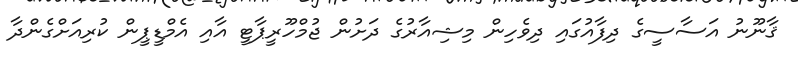
ޤާނޫނު އަސާސީގެ ދިފާއުގައި ދިވެހިން މިޝިއާރުގެ ދަށުން ޖުމްހޫރީޕާޓީ އާއި އެމްޑީޕީން ކުރިއަށްގެންދާ